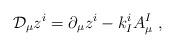
LaTeX: \begin{align*} \mathcal{D}_\mu z^i = \partial_\mu z^i - k_I^i A_\mu^I\ ,\end{align*}